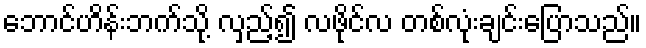
ဘောင်ဟိန်းဘက်သို့ လှည့်၍ လဖိုင်လ တစ်လုံးချင်းပြောသည်။